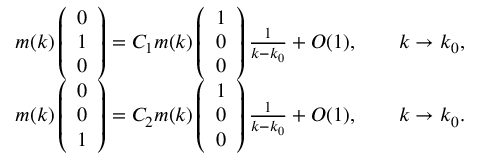
\begin{array} { r } { m ( k ) \left( \begin{array} { l } { 0 } \\ { 1 } \\ { 0 } \end{array} \right) = C _ { 1 } m ( k ) \left( \begin{array} { l } { 1 } \\ { 0 } \\ { 0 } \end{array} \right) \frac { 1 } { k - k _ { 0 } } + O ( 1 ) , \qquad k \to k _ { 0 } , } \\ { m ( k ) \left( \begin{array} { l } { 0 } \\ { 0 } \\ { 1 } \end{array} \right) = C _ { 2 } m ( k ) \left( \begin{array} { l } { 1 } \\ { 0 } \\ { 0 } \end{array} \right) \frac { 1 } { k - k _ { 0 } } + O ( 1 ) , \qquad k \to k _ { 0 } . } \end{array}